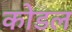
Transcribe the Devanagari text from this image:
कोडल